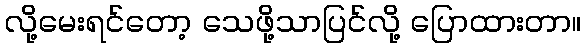
လို့မေးရင်တော့ သေဖို့သာပြင်လို့ ပြောထားတာ။